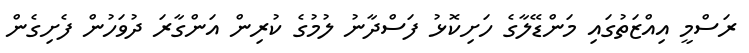
ރަސްމީ އިއްޒަތުގައި މަންޑޭލާގެ ހަށިކޮޅު ފަސްދާނު ލުމުގެ ކުރިން އަންގާރަ ދުވަހުން ފެށިގެން